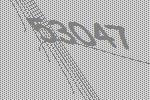
53047